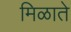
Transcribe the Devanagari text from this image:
मिळाते